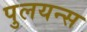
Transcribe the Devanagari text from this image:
पुलयन्स